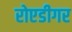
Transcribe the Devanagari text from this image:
रोएडीगर